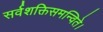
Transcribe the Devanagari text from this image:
सर्वशक्तिसमन्विते।